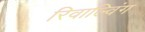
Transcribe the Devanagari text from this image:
रिवाल्विंग